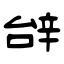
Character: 辝